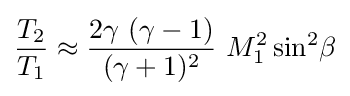
{\frac {T_{2}}{T_{1}}}\approx {\frac {2\gamma \ (\gamma -1)}{(\gamma +1)^{2}}}\ M_{1}^{2}\sin ^{2}\!\beta